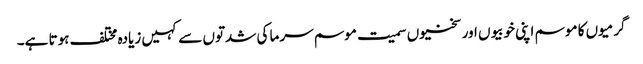
گرمیوں کا موسم اپنی خوبیوں اور سختیوں سمیت موسم سرما کی شدتوں سے کہیں زیادہ مختلف ہوتا ہے۔